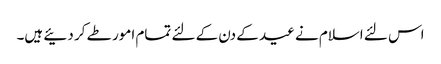
اس لئے اسلام نے عید کے دن کے لئے تمام امور طے کر دئیے ہیں۔